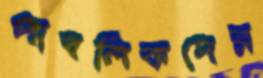
পাবলিকদের